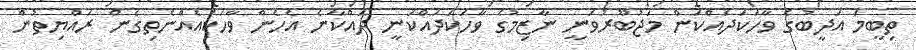
ތިބީމަ އަދީބުގެ ވާހަކަދައްކަން މަޖުބޫރުވަނީ ނާޒިމުގެ ވާހަކަދައްކަނީ ދައްކާނެ އެހެން ވާހަކައެއްނެތިގެން ރައްޔިތުން